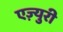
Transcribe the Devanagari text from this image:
एज़्युरी